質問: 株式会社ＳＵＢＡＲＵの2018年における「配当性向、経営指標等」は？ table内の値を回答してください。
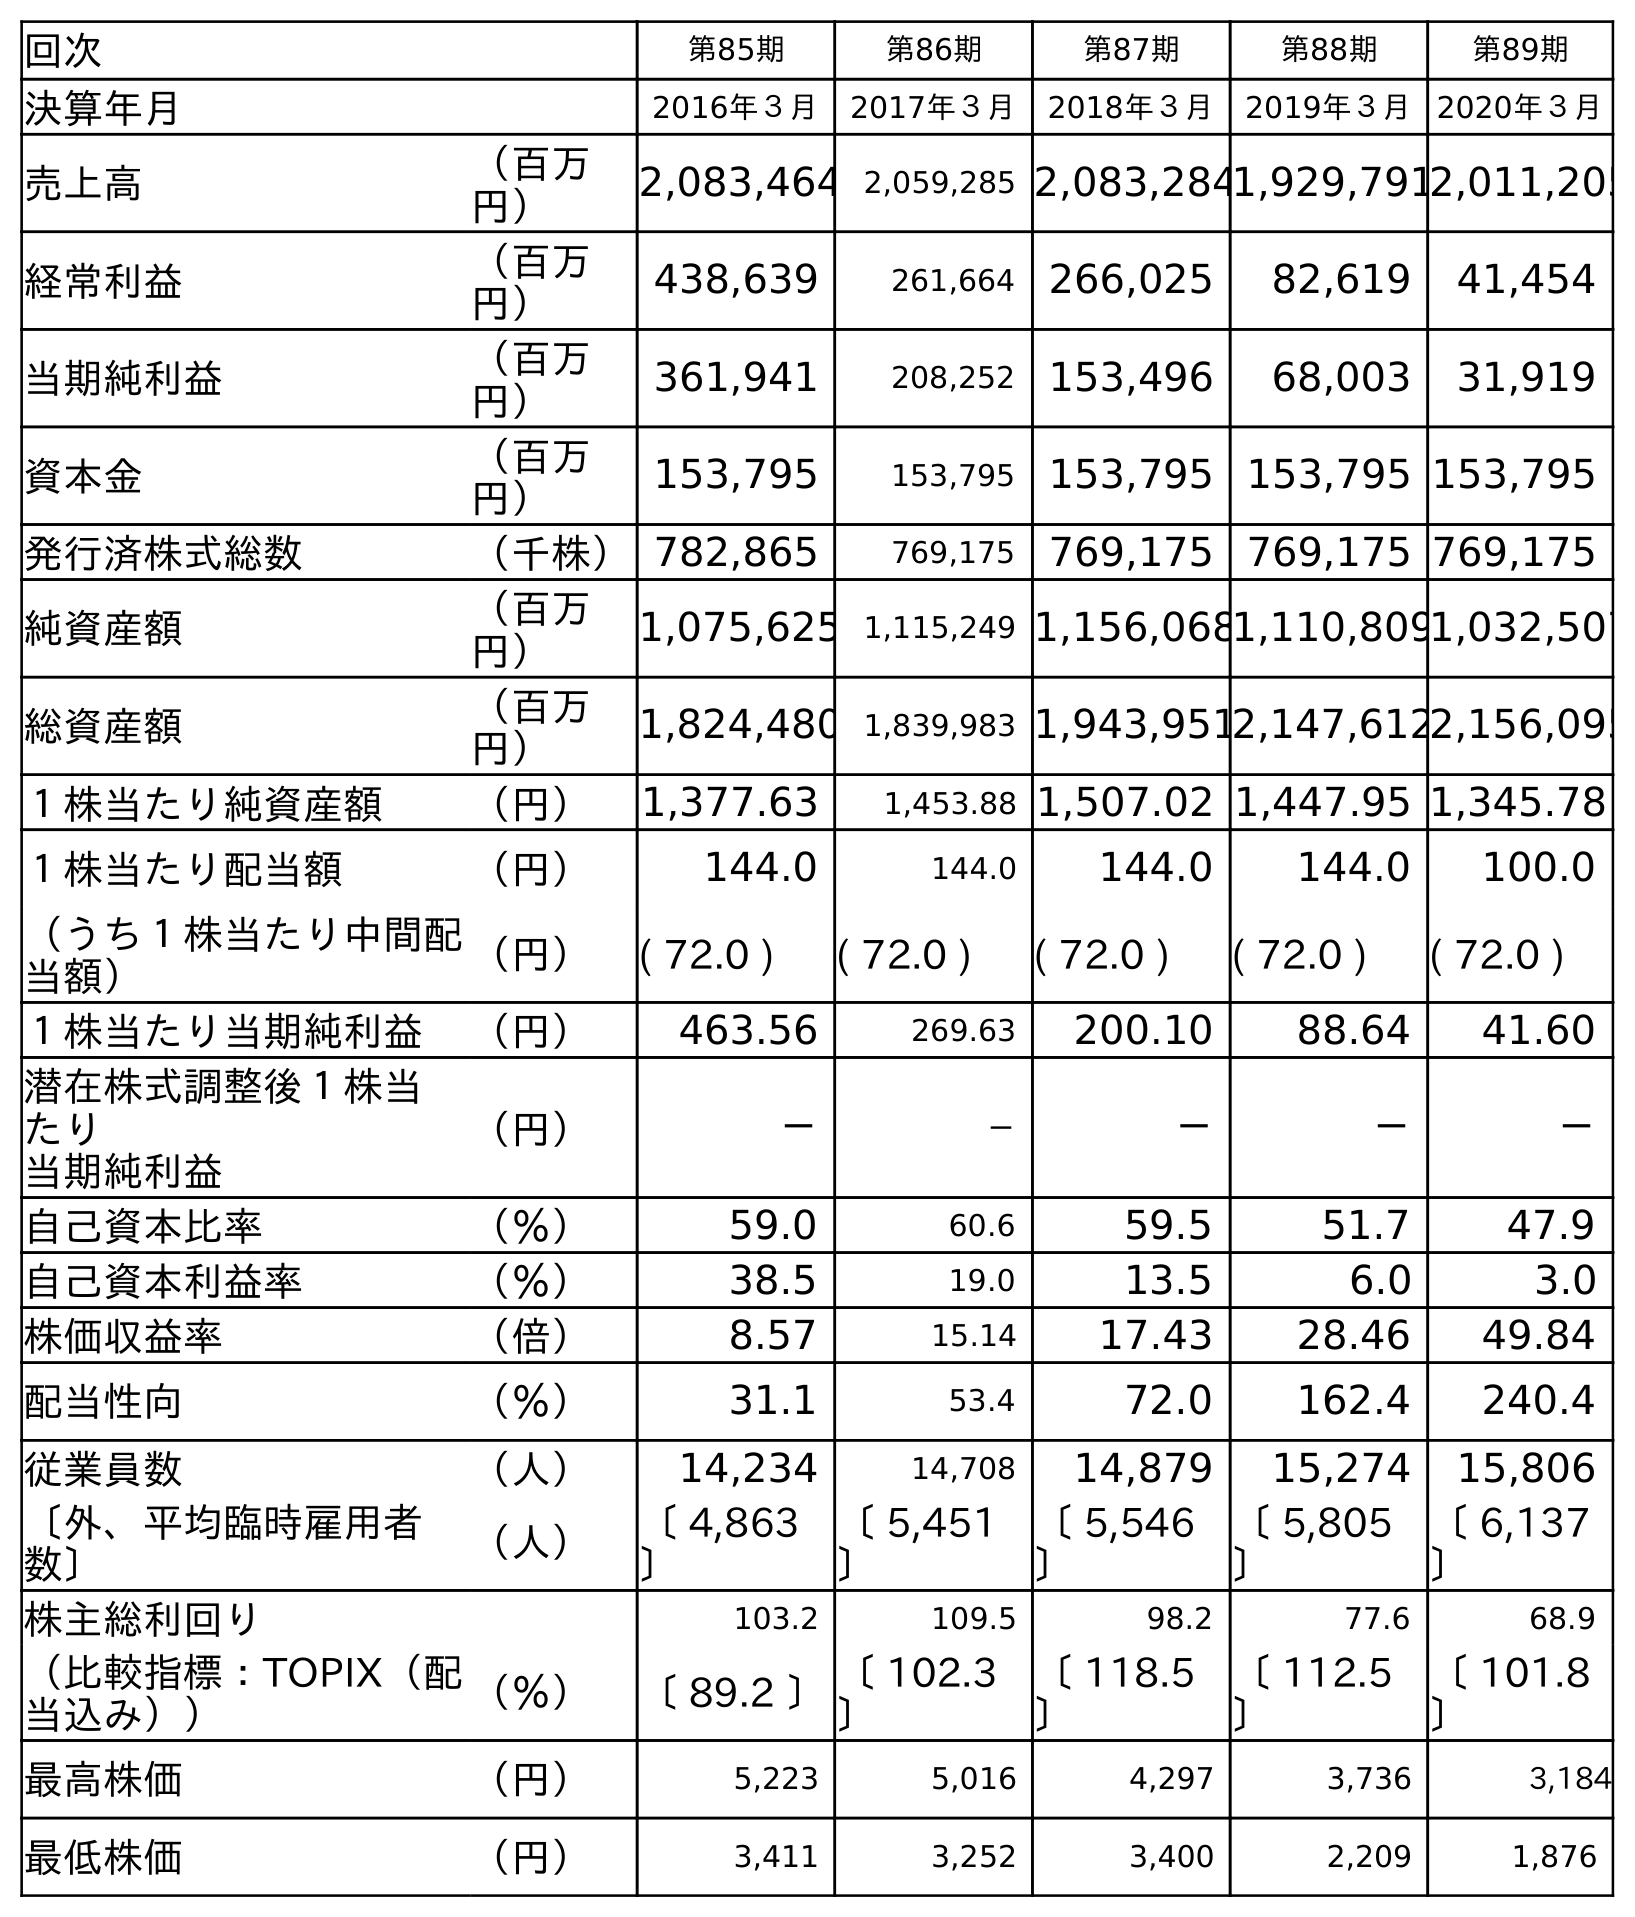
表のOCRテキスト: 回次 第85期 第86期 第87期 第88期 第89期 決算年月 2016年３月 2017年３月 2018年３月 2019年３月 2020年３月 売上高 （百万 円） 2,083,464 2,059,285 2,083,2841,929,7912,011,205 経常利益 （百万 円） 438,639 261,664 266,025 82,619 41,454 当期純利益 （百万 円） 361,941 208,252 153,496 68,003 31,919 資本金 （百万 円） 153,795 153,795 153,795 153,795 153,795 発行済株式総数 （千株）782,865 769,175 769,175 769,175 769,175 純資産額 （百万 円） 1,075,625 1,115,249 1,156,0681,110,8091,032,507 総資産額 （百万 円） 1,824,480 1,839,983 1,943,9512,147,6122,156,095 １株当たり純資産額 （円） 1,377.63 1,453.88 1,507.02 1,447.95 1,345.78 １株当たり配当額 （円） 144.0 144.0 144.0 144.0 100.0 （うち１株当たり中間配 当額） （円） ( 72.0 ) ( 72.0 ) ( 72.0 ) ( 72.0 ) ( 72.0 ) １株当たり当期純利益 （円） 463.56 269.63 200.10 88.64 41.60 潜在株式調整後１株当 たり 当期純利益 （円） － － － － － 自己資本比率 （％） 59.0 60.6 59.5 51.7 47.9 自己資本利益率 （％） 38.5 19.0 13.5 6.0 3.0 株価収益率 （倍） 8.57 15.14 17.43 28.46 49.84 配当性向 （％） 31.1 53.4 72.0 162.4 240.4 従業員数 （人） 14,234 14,708 14,879 15,274 15,806 〔外、平均臨時雇用者 数〕 （人） 〔 4,863 〕 〔 5,451 〕 〔 5,546 〕 〔 5,805 〕 〔 6,137 〕 株主総利回り 103.2 109.5 98.2 77.6 68.9 （比較指標：TOPIX（配 当込み）） （％） 〔 89.2 〕〔 102.3 〕 〔 118.5 〕 〔 112.5 〕 〔 101.8 〕 最高株価 （円） 5,223 5,016 4,297 3,736 3,184 最低株価 （円） 3,411 3,252 3,400 2,209 1,876
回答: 72.0